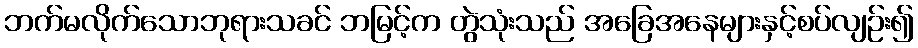
ဘက်မလိုက်သောဘုရားသခင် ဘမြင့်က တွဲသုံးသည် အခြေအနေများနှင့်စပ်လျဉ်း၍